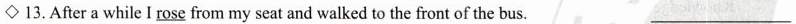
◇13.After a while I \underline{rose} from my seat and walked to the front of the bus. ___